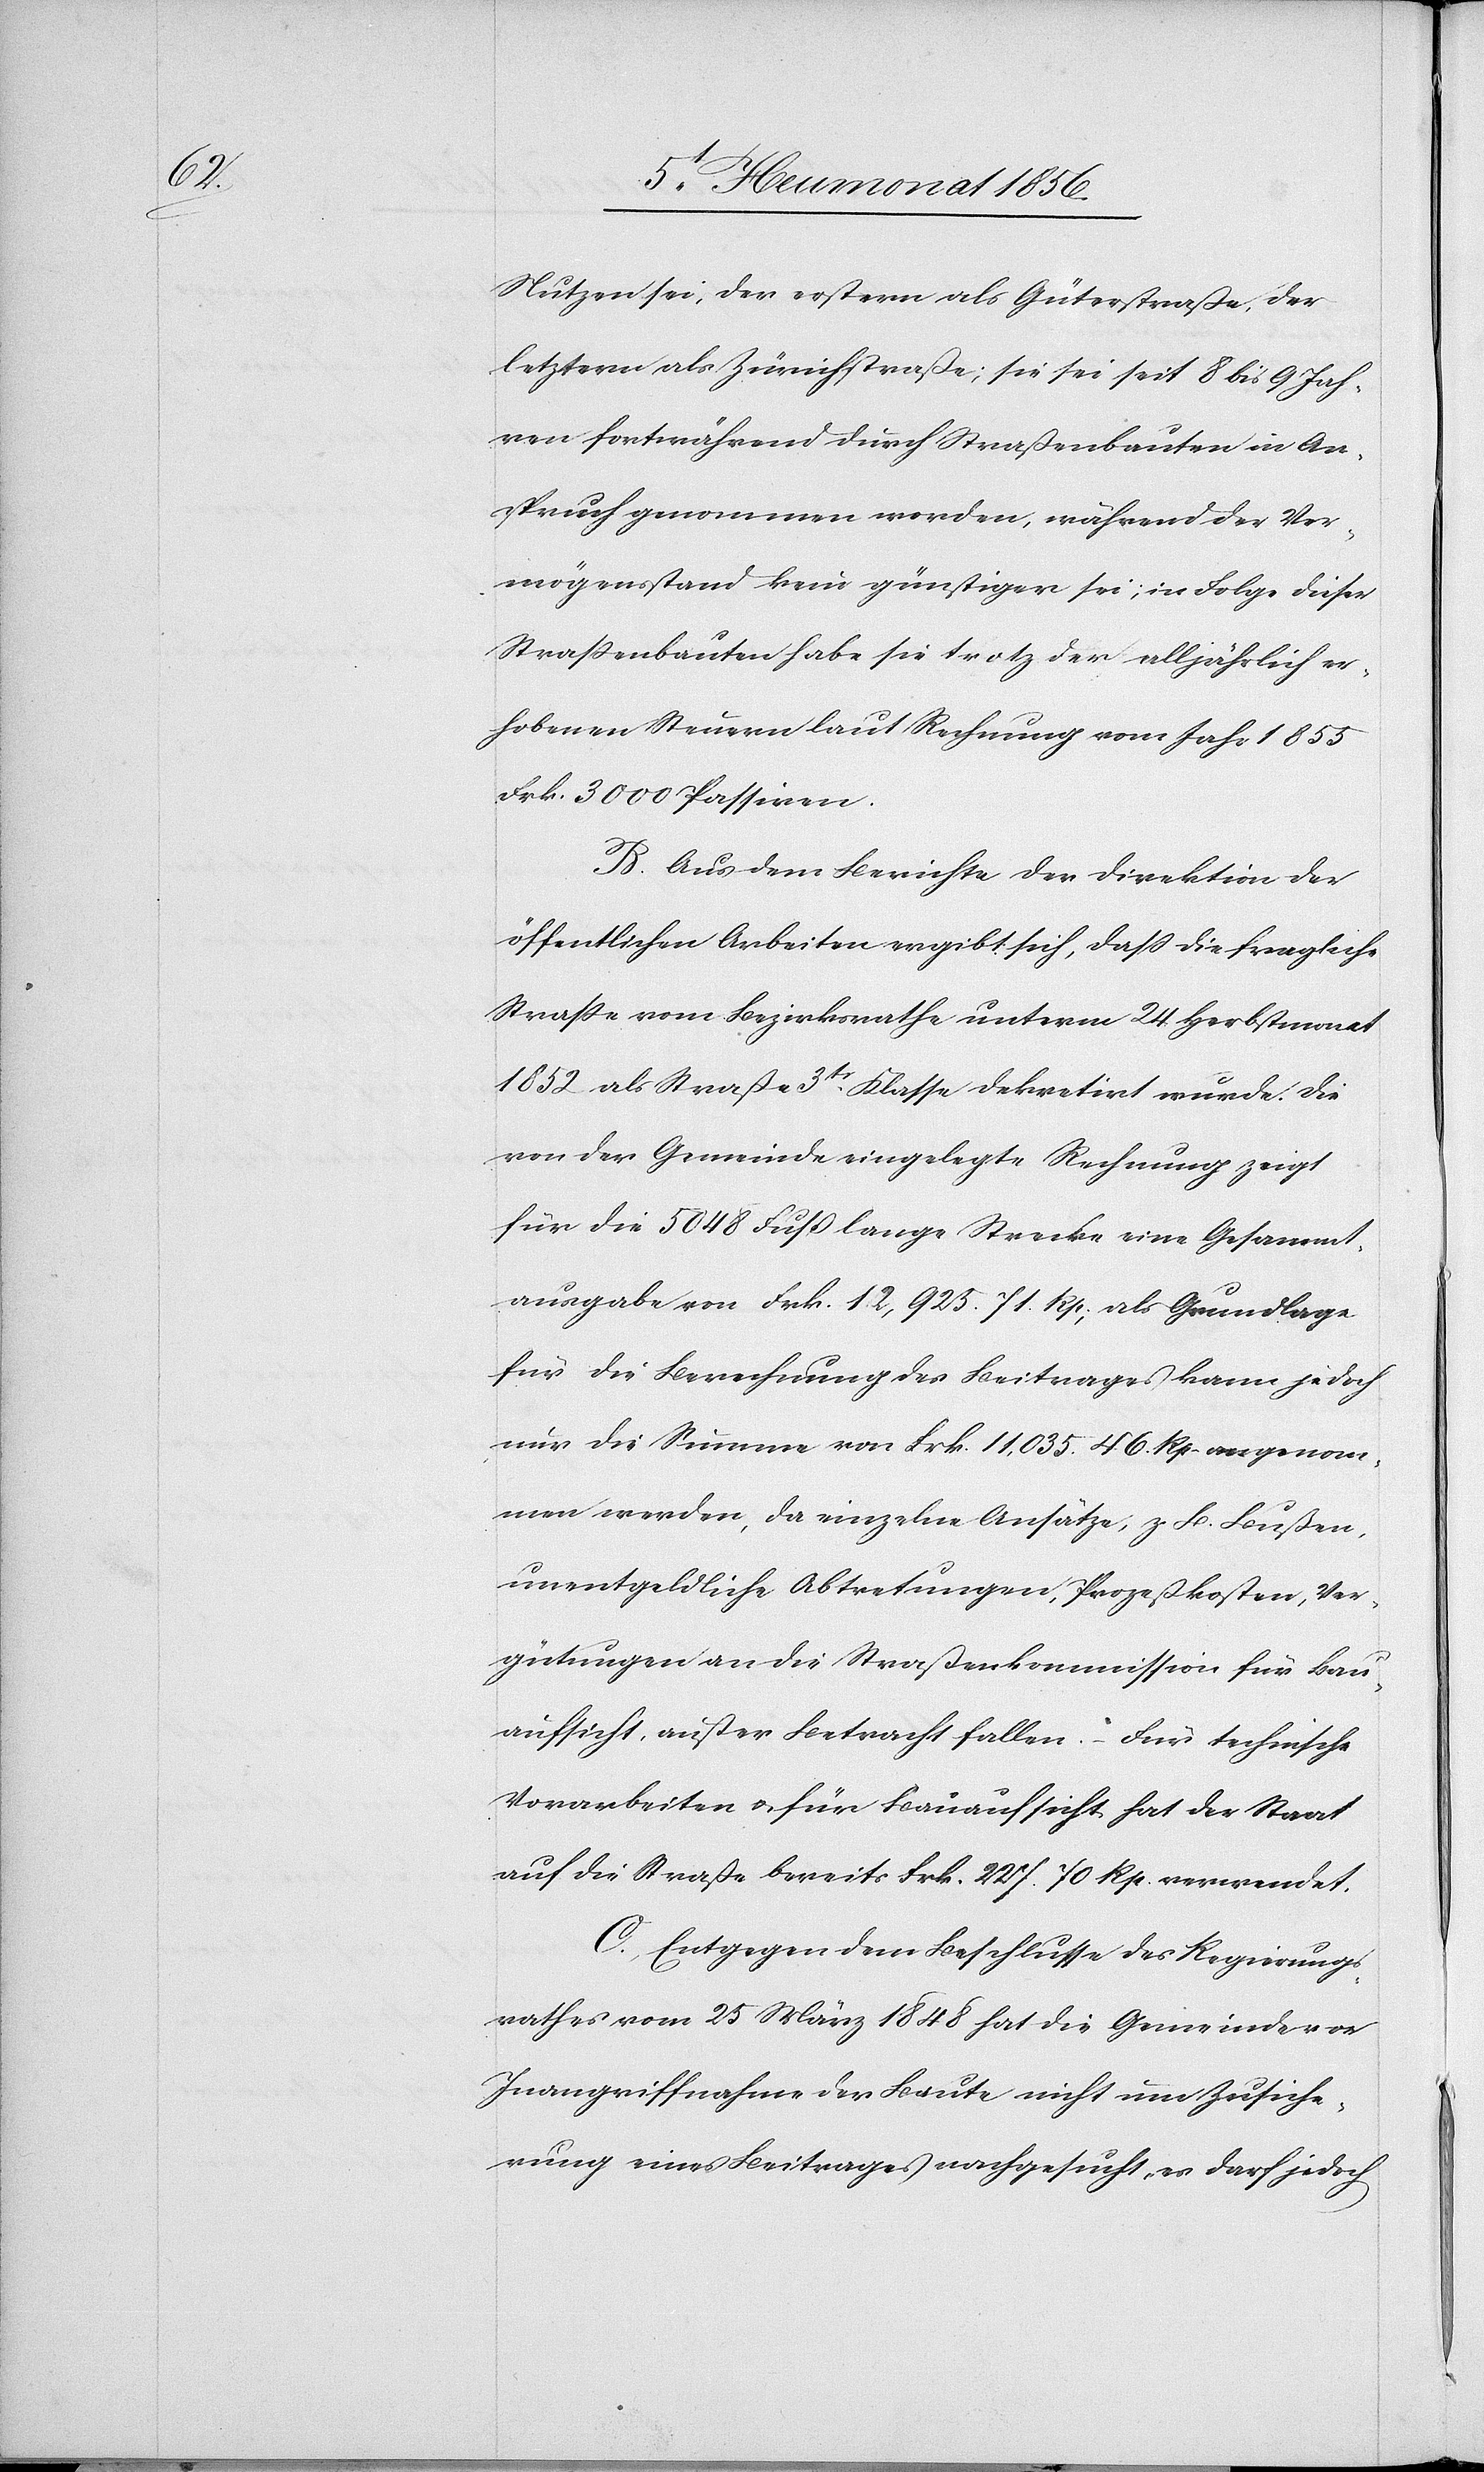
Nutzen sei, der erstern als Güterstraße, der
letztern als Zürichstraße; sie sei seit 8 bis 9 Jah¬
ren fortwährend durch Straßenbauten in An¬
spruch genommen worden, während der Ver¬
mögensstand kein günstiger sei; in Folge dieser
Strassenbauten habe sie trotz der alljährlich er¬
hobenen Steuern laut Rechnung vom Jahr 1855
Frk. 3000 Passiven.
B. Aus dem Berichte der Direktion der
öffentlichen Arbeiten ergibt sich, dass diese fragliche
Strasse vom Bezirksrathe unterm 24 Herbstmonat
1852 als Straße 3tr Klasse dekretirt wurde. Die
von der Gemeinde eingelegte Rechnung zeigt
für die 5048 Fuß lange Strecke eine Gesammt¬
ausgabe von Frk. 12,925. 71. Rp., als Grundlage
für die Berechnung des Beitrages kann jedoch
nur die Summe von Frk. 11,035. 46. Rp. angenom¬
men werden, da einzelne Ansätze, z. B. Bußen
unentgeldliche Abtretungen, Prozeßkosten, Ver¬
gütungen an die Straßenkommission für Bau¬
aufsicht, außer Betracht fallen. – Für technische
Vorarbeiten u. für Bauaufsicht hat der Staat
auf die Straße bereits Frk. 227. 70 Rp. verwendet.
C. Entgegen dem Beschlusse des Regierungs¬
rathes vom 25 März 1848 hat die Gemeinde vor
Inangriffnahme der Baute nicht um Zusiche¬
rung eines Beitrages nachgesucht, es darf jedoch